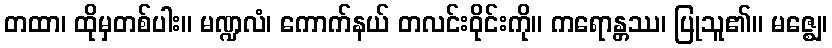
တထာ၊ ထိုမှတစ်ပါး။ မဏ္ဍလံ၊ ကောက်နယ် တလင်းဝိုင်းကို။ ကရောန္တဿ၊ ပြုသူ၏။ မဇ္ဈေ၊